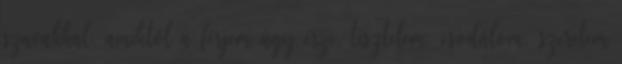
szavakkal, amiktől a férjem úgy érzi, tisztelem, csodálom, szeretem